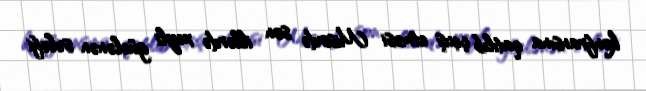
konfransına qatılıb çıxış etməsi Misirdə son illərdə xeyli güclənən sələfi